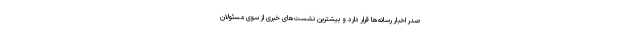
صدر اخبار رسانه‌ها قرار دارد و بیشترین نشست‌های خبری از سوی مسئولان